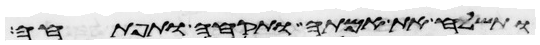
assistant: ותשלח את אמתה ותקחה ותפתחה